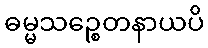
ဓမ္မသဉ္စေတနာယပိ